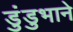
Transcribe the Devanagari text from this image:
डुंडुभाने